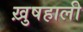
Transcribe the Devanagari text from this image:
ख़ुषहाली